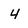
Character: 4